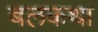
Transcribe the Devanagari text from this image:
बलकथा